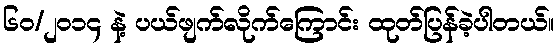
၆၀/၂၀၁၄ နဲ့ ပယ်ဖျက်လိုက်ကြောင်း ထုတ်ပြန်ခဲ့ပါတယ်။